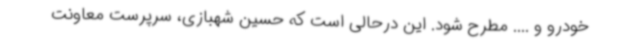
خودرو و .... مطرح شود. این درحالی است که حسین شهبازی، سرپرست معاونت